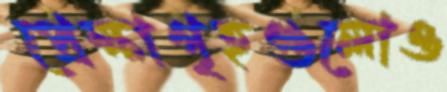
প্রেক্ষাগৃহগুলোও